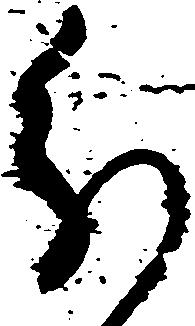
分